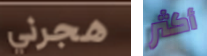
هجرني أكثر